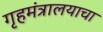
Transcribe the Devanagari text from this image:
गृहमंत्रालयाचा